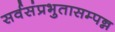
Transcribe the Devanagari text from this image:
सर्वसंप्रभुतासम्पन्न